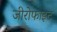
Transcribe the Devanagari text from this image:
जीरोफाइट